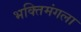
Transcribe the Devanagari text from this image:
भक्तिमंगला